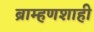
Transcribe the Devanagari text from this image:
ब्राम्हणशाही